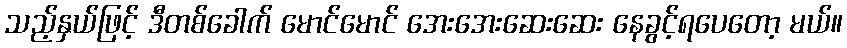
သည့်နှယ်ဖြင့် ဒီတစ်ခေါက် မောင်မောင် အေးအေးဆေးဆေး နေခွင့်ရပေတော့ မယ်။